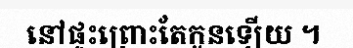
នៅផ្ទះព្រោះតែកូនឡើយ ។